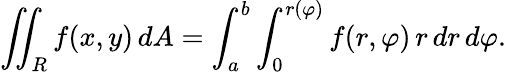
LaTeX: \iint_{R}f(x,y)\, dA=\int_{a}^{b}\int_{0}^{r(\varphi)}f(r,\varphi)\, r\, dr\, d\varphi.